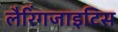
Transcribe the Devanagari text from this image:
लैरिंगजाइटिस